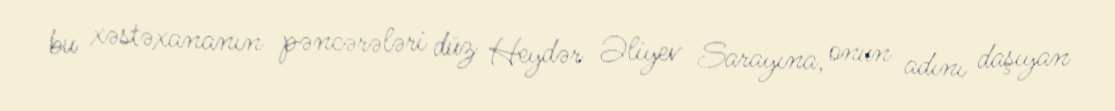
bu xəstəxananın pəncərələri düz Heydər Əliyev Sarayına, onun adını daşıyan